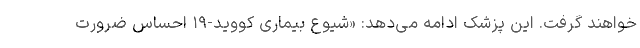
خواهند گرفت. این پزشک ادامه می‌دهد: «شیوع بیماری کووید-۱۹ احساس ضرورت